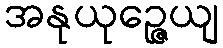
အနုယုဉ္ဇေယျ